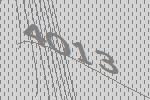
4013